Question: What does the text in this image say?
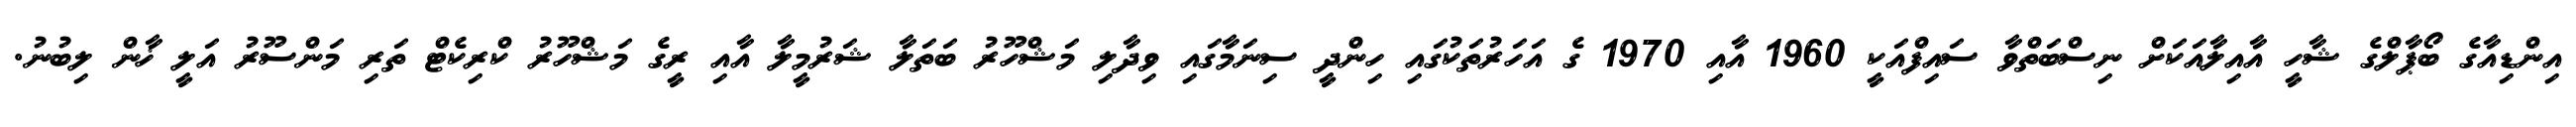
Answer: އިންޑިއާގެ ބޯޕާލްގެ ޝާހީ އާއިލާއަކަށް ނިސްބަތްވާ ސައިފްއަކީ 1960 އާއި 1970 ގެ އަހަރުތަކުގައި ހިންދީ ސިނަމާގައި ވިދާލި މަޝްހޫރު ބަތަލާ ޝަރުމީލާ އާއި ރީގެ މަޝްހޫރު ކްރިކެޓް ތަރި މަންސޫރު އަލީ ޚާން ލިބުނު.